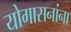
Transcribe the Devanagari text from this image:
योगासनांना